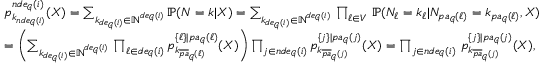
\begin{array} { r l } & { p _ { k _ { \mathfrak { n d e } _ { \mathcal { G } } ( i ) } } ^ { \mathfrak { n d e } _ { \mathcal { G } } ( i ) } ( X ) = \sum _ { k _ { \mathfrak { d e } _ { \mathcal { G } } ( i ) } \in \mathbb { N } ^ { \mathfrak { d e } _ { \mathcal { G } } ( i ) } } \mathbb { P } ( N = k | X ) = \sum _ { k _ { \mathfrak { d e } _ { \mathcal { G } } ( i ) } \in \mathbb { N } ^ { \mathfrak { d e } _ { \mathcal { G } } ( i ) } } \, \prod _ { \ell \in V } \, \mathbb P ( N _ { \ell } = k _ { \ell } | N _ { \mathfrak { p a } _ { \mathcal G } ( \ell ) } = k _ { \mathfrak { p a } _ { \mathcal G } ( \ell ) } , X ) } \\ & { = \left( \sum _ { k _ { \mathfrak { d e } _ { \mathcal { G } } ( i ) } \in \mathbb { N } ^ { \mathfrak { d e } _ { \mathcal { G } } ( i ) } } \, \prod _ { \ell \in \mathfrak { d e } _ { \mathcal G } ( i ) } p _ { k _ { \overline { { \mathfrak { p a } } } _ { \mathcal { G } } ( \ell ) } } ^ { \{ \ell \} | \mathfrak { p a } _ { \mathcal { G } } ( \ell ) } ( X ) \right) \prod _ { j \in \mathfrak { n d e } _ { \mathcal { G } } ( i ) } p _ { k _ { \overline { { \mathfrak { p a } } } _ { \mathcal { G } } ( j ) } } ^ { \{ j \} | \mathfrak { p a } _ { \mathcal { G } } ( j ) } ( X ) = \prod _ { j \in \mathfrak { n d e } _ { \mathcal { G } } ( i ) } \, p _ { k _ { \overline { { \mathfrak { p a } } } _ { \mathcal { G } } ( j ) } } ^ { \{ j \} | \mathfrak { p a } _ { \mathcal { G } } ( j ) } ( X ) , } \end{array}